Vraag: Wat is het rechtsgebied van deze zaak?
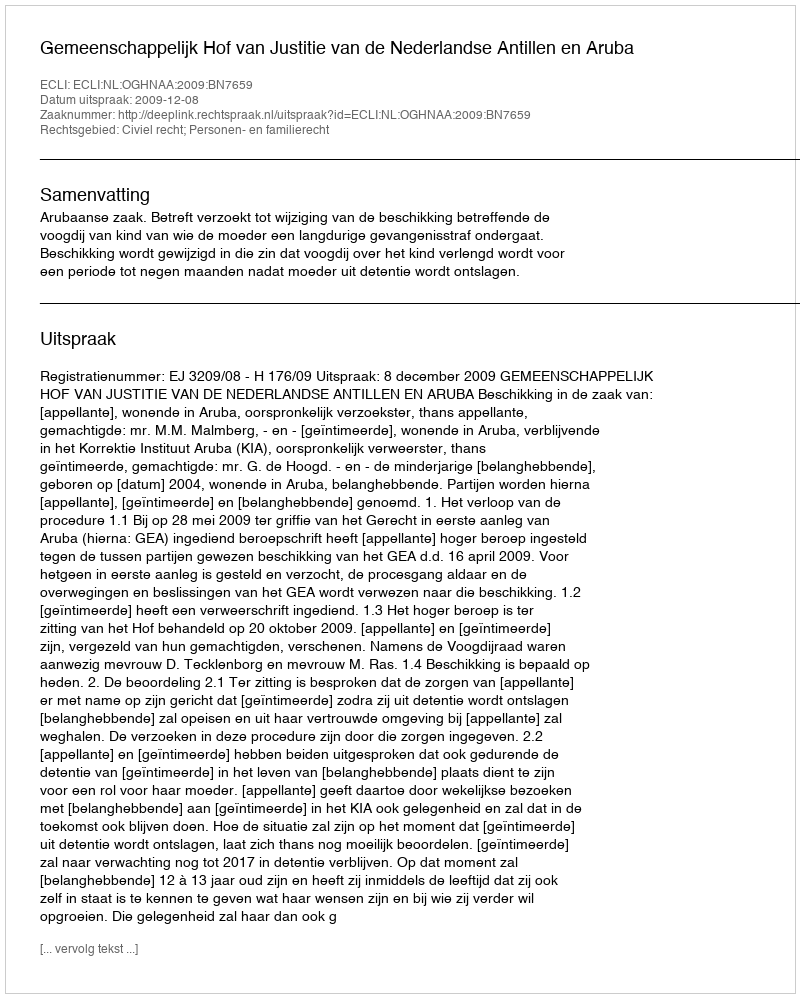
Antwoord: Civiel recht; Personen- en familierecht